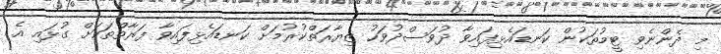
މި ދެންނެވި ޓީމުތަކުން ކަނޑައެޅިފައިވާ ދުވަސްދުވަހު ޒިޔާރަތްކުރުމަށް ކަނޑައެޅިފައިވާ ފަރާތްތަކަށް ގުޅައި އެ